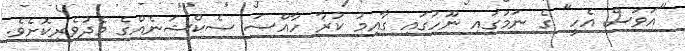
"އަވަސް އެހީ" ގެ ނަމުގައި ނޫހުގައި ގާއިމު ކުރާ ހާއްސަ ސެކްޝަނެއްގެ މެދުވެރިކޮށެވެ.